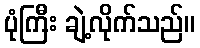
ပုံကြီး ချဲ့လိုက်သည်။